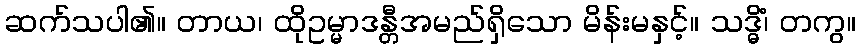
ဆက်သပါ၏။ တာယ၊ ထိုဥမ္မာဒန္တီအမည်ရှိသော မိန်းမနှင့်။ သဒ္ဓိံ၊ တကွ။